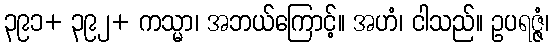
၃၉၁+ ၃၉၂+ ကသ္မာ၊ အဘယ်ကြောင့်။ အဟံ၊ ငါသည်။ ဥပရဇ္ဇံ၊